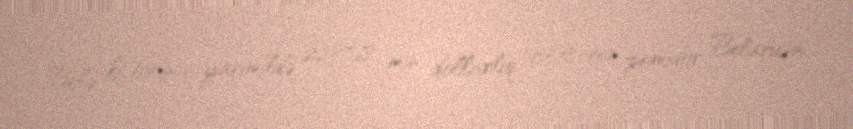
Belə ki, birinci yarımildə 2237,68 min dollarlıq 953,55 ton pomidor Belarusa,